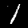
Label: 1